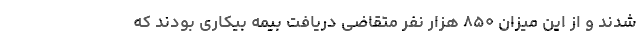
شدند و از این میزان ۸۵۰ هزار نفر متقاضی دریافت بیمه بیکاری بودند که